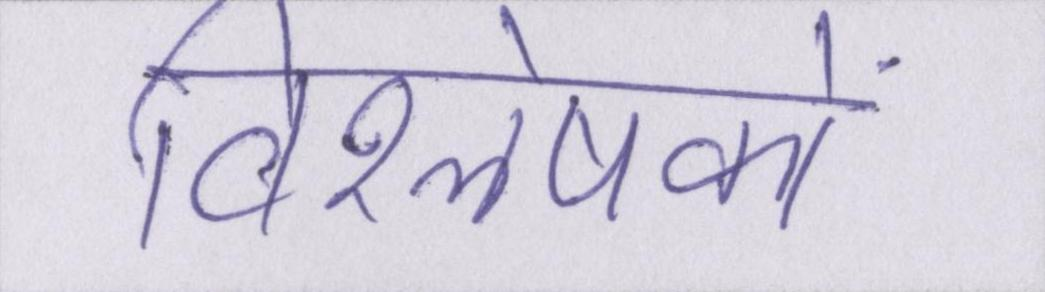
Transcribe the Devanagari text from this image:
विश्लेषकों